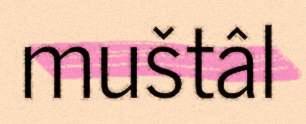
muštâl